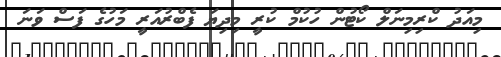
މިއަދު ކްރިމިނަލް ކޯޓުން ހުކުމް ކުރީ މިދިޔަ ފެބްރުއަރީ މަހުގެ ފަސް ވަނަ